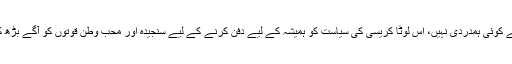
اب عوام کے دلوںمیں ان کے لیے کوئی ہمدردی نہیں، اس لوٹا کریسی کی سیاست کو ہمیشہ کے لیے دفن کرنے کے لیے سنجیدہ اور محب وطن قوتوں کو آگے بڑھ کر ایم ایم اے کا ساتھ دینا چاہیے۔